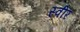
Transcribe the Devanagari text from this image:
स्वीर